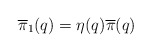
\begin{align*}\overline{\pi}_1(q) = \eta(q) \overline{\pi}(q) \end{align*}